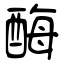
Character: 酶